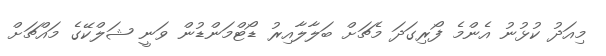
މިއަދު ކުޅުނު އެންމެ ފޯރިގަދަ މެޗަށް ބަލާލާއިރު ޑޯޓްމަންޑުން ވަނީ ޝަލްކޭގެ މައްޗަށް